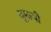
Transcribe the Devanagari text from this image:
घूमायी